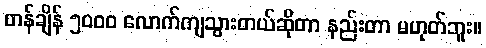
တန်ချိန် ၅၀၀၀ လောက်ကျသွားတယ်ဆိုတာ နည်းတာ မဟုတ်ဘူး။